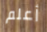
أعلم